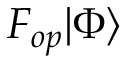
F _ { o p } | \Phi \rangle